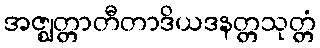
အဇ္ဈတ္တာတီတာဒိယဒနတ္တသုတ္တံ